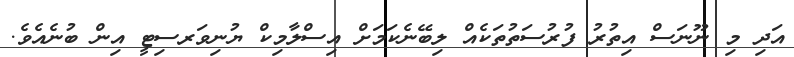
އަދި މި ނޫނަސް އިތުރު ފުރުސަތުތަކެެއް ލިބޭނެކަމަށް އިސްލާމިކް ޔުނިވަރސިޓީ އިން ބުނެއެވެ.